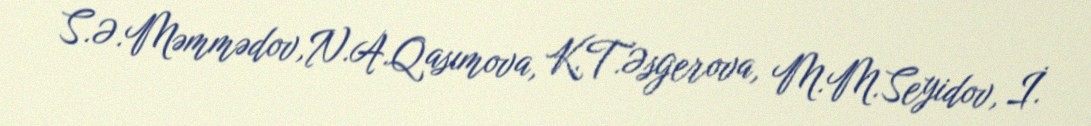
S.Ə.Məmmədov,N.A.Qasımova, K.T.Əsgerova, M.M.Seyidov, İ.